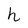
Character: h